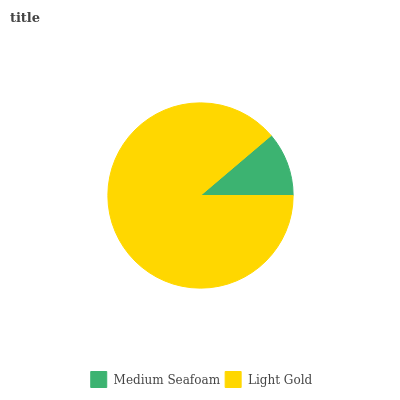
| Medium Seafoam | Light Gold |
 | --- | --- |
 | 11.2% | 88.8% |